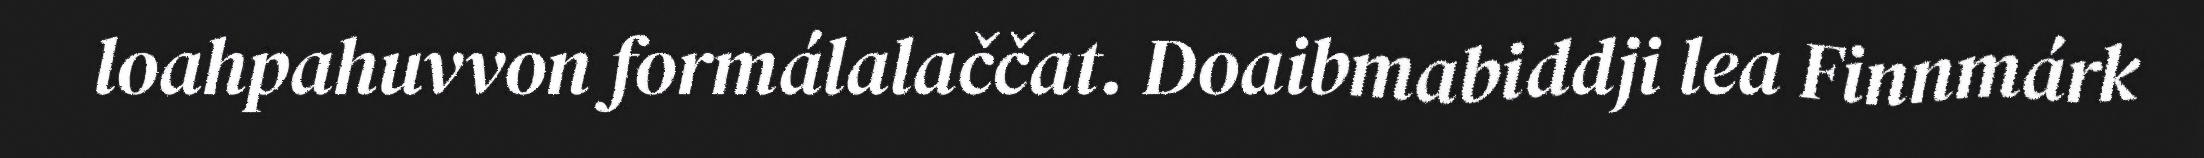
loahpahuvvon formálalaččat. Doaibmabiddji lea Finnmárk